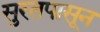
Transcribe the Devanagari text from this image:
सुरतपासून